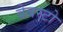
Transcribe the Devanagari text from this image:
वेबस्टो